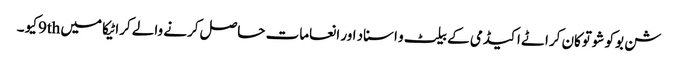
شن بوکو شوتوکان کراٹے اکیڈمی کے بیلٹ و اسناد اور انعامات حاصل کرنے والے کراٹیکا میں 9thکیو ۔